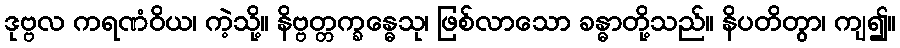
ဒုဗ္ဗလ ကရဏံဝိယ၊ ကဲ့သို့။ နိဗ္ဗတ္တက္ခန္ဓေသု၊ ဖြစ်လာသော ခန္ဓာတို့သည်။ နိပတိတွာ၊ ကျ၍။